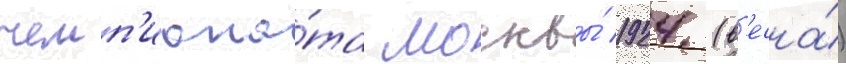
чемп'иона́та москвы́ 1924 (в'есна́)